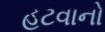
હટવાનો